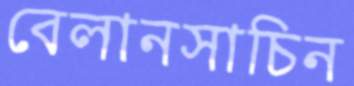
বেলানসাচিন